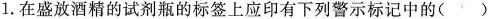
1.在盛放酒精的试剂瓶的标签上应印有下列警示标记中的()